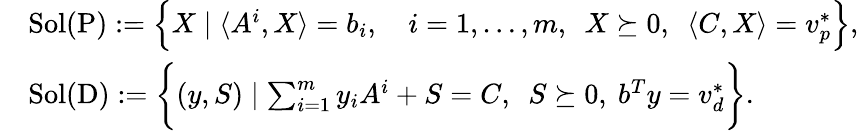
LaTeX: \begin{array}{rl}&{\mathrm{Sol(P)}:=\Big\{ X\mid\langle A^{i},X\rangle=b_{i},\quad i=1,\ldots,m,\ \ X\succeq 0,\ \ \langle C,X\rangle=v_{p}^{*}\Big\} ,}\\ &{\mathrm{Sol(D)}:=\bigg\{ (y,S)\mid\sum_{i=1}^{m}y_{i}A^{i}+S=C,\ \ S\succeq 0,\ b^{T}y=v_{d}^{*}\bigg\} .}\end{array}